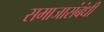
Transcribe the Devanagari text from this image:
समाजासंबंधी